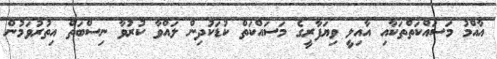
އާއްމު މަސައްކަތްތަކާއި އާއިލީ ވިޔަފާރީގެ މަސައްކަތް ކުޑަކުދިން ލައްވާ ކުރުވާ ނިސްބަތް އިތުރުވަމުން